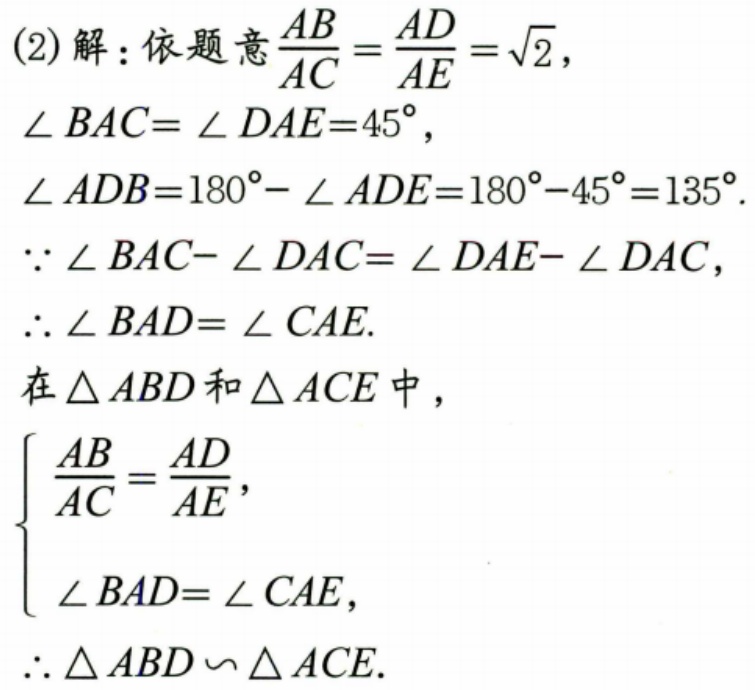
(2)解：依题意$\frac{AB}{AC}=\frac{AD}{AE}=\sqrt{2}$，
$\angle BAC = \angle DAE = 45^{\circ}$，
$\angle ADB=180^{\circ}-\angle ADE = 180^{\circ}-45^{\circ}=135^{\circ}$.
$\because \angle BAC - \angle DAC=\angle DAE-\angle DAC$，
$\therefore \angle BAD=\angle CAE$.
在$\triangle ABD$和$\triangle ACE$中，
$\begin{cases}
\frac{AB}{AC}=\frac{AD}{AE},\\
\angle BAD = \angle CAE,
\end{cases}$
$\therefore \triangle ABD\backsim\triangle ACE$.